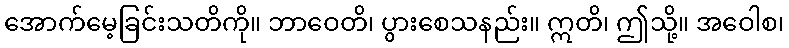
အောက်မေ့ခြင်းသတိကို။ ဘာဝေတိ၊ ပွားစေသနည်း။ ဣတိ၊ ဤသို့။ အဝေါစ၊